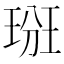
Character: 𤦦